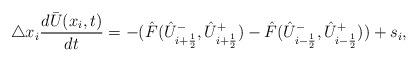
LaTeX: \begin{align*} \triangle x_i \frac{d\bar{U}(x_i,t)}{dt} = -(\hat{F}(\hat U_{i+\frac12}^-,\hat U_{i+\frac12}^+) -\hat{F}(\hat U_{i-\frac12}^-,\hat U_{i-\frac12}^+)) +s_i,\end{align*}